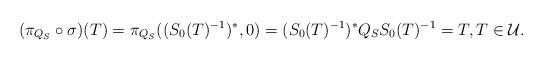
LaTeX: \begin{align*}(\pi_{Q_S}\circ\sigma)(T)=\pi_{Q_S}((S_0(T)^{-1})^\ast,0)=(S_0(T)^{-1})^\ast Q_S S_0(T)^{-1}=T,T\in\mathcal{U}.\end{align*}